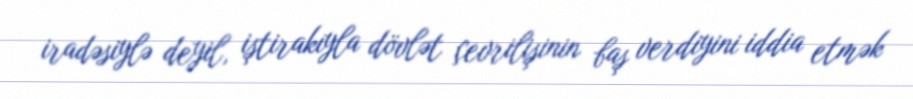
iradəsiylə deyil, iştirakıyla dövlət çevrilişinin baş verdiyini iddia etmək